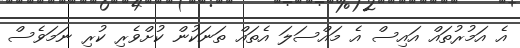
އެ އަމުރުތައް އައިސް އެ މައްސަލަ އެތައް ތަނަކުން ކުށްވެރި ކުރި ނަމަވެސް